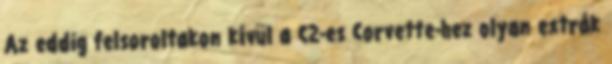
Az eddig felsoroltakon kívül a C2-es Corvette-hez olyan extrák